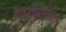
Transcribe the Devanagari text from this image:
देवगीरीचा